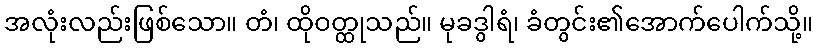
အလုံးလည်းဖြစ်သော။ တံ၊ ထိုဝတ္ထုသည်။ မုခဒွါရံ၊ ခံတွင်း၏အောက်ပေါက်သို့။